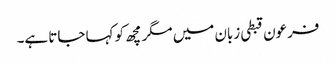
فرعون قبطی زبان میں مگرمچھ کو کہا جاتا ہے۔